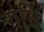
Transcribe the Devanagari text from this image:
गढि